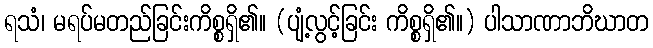
ရသံ၊ မရပ်မတည်ခြင်းကိစ္စရှိ၏။ (ပျံ့လွင့်ခြင်း ကိစ္စရှိ၏။) ပါသာဏာဘိဃာတ